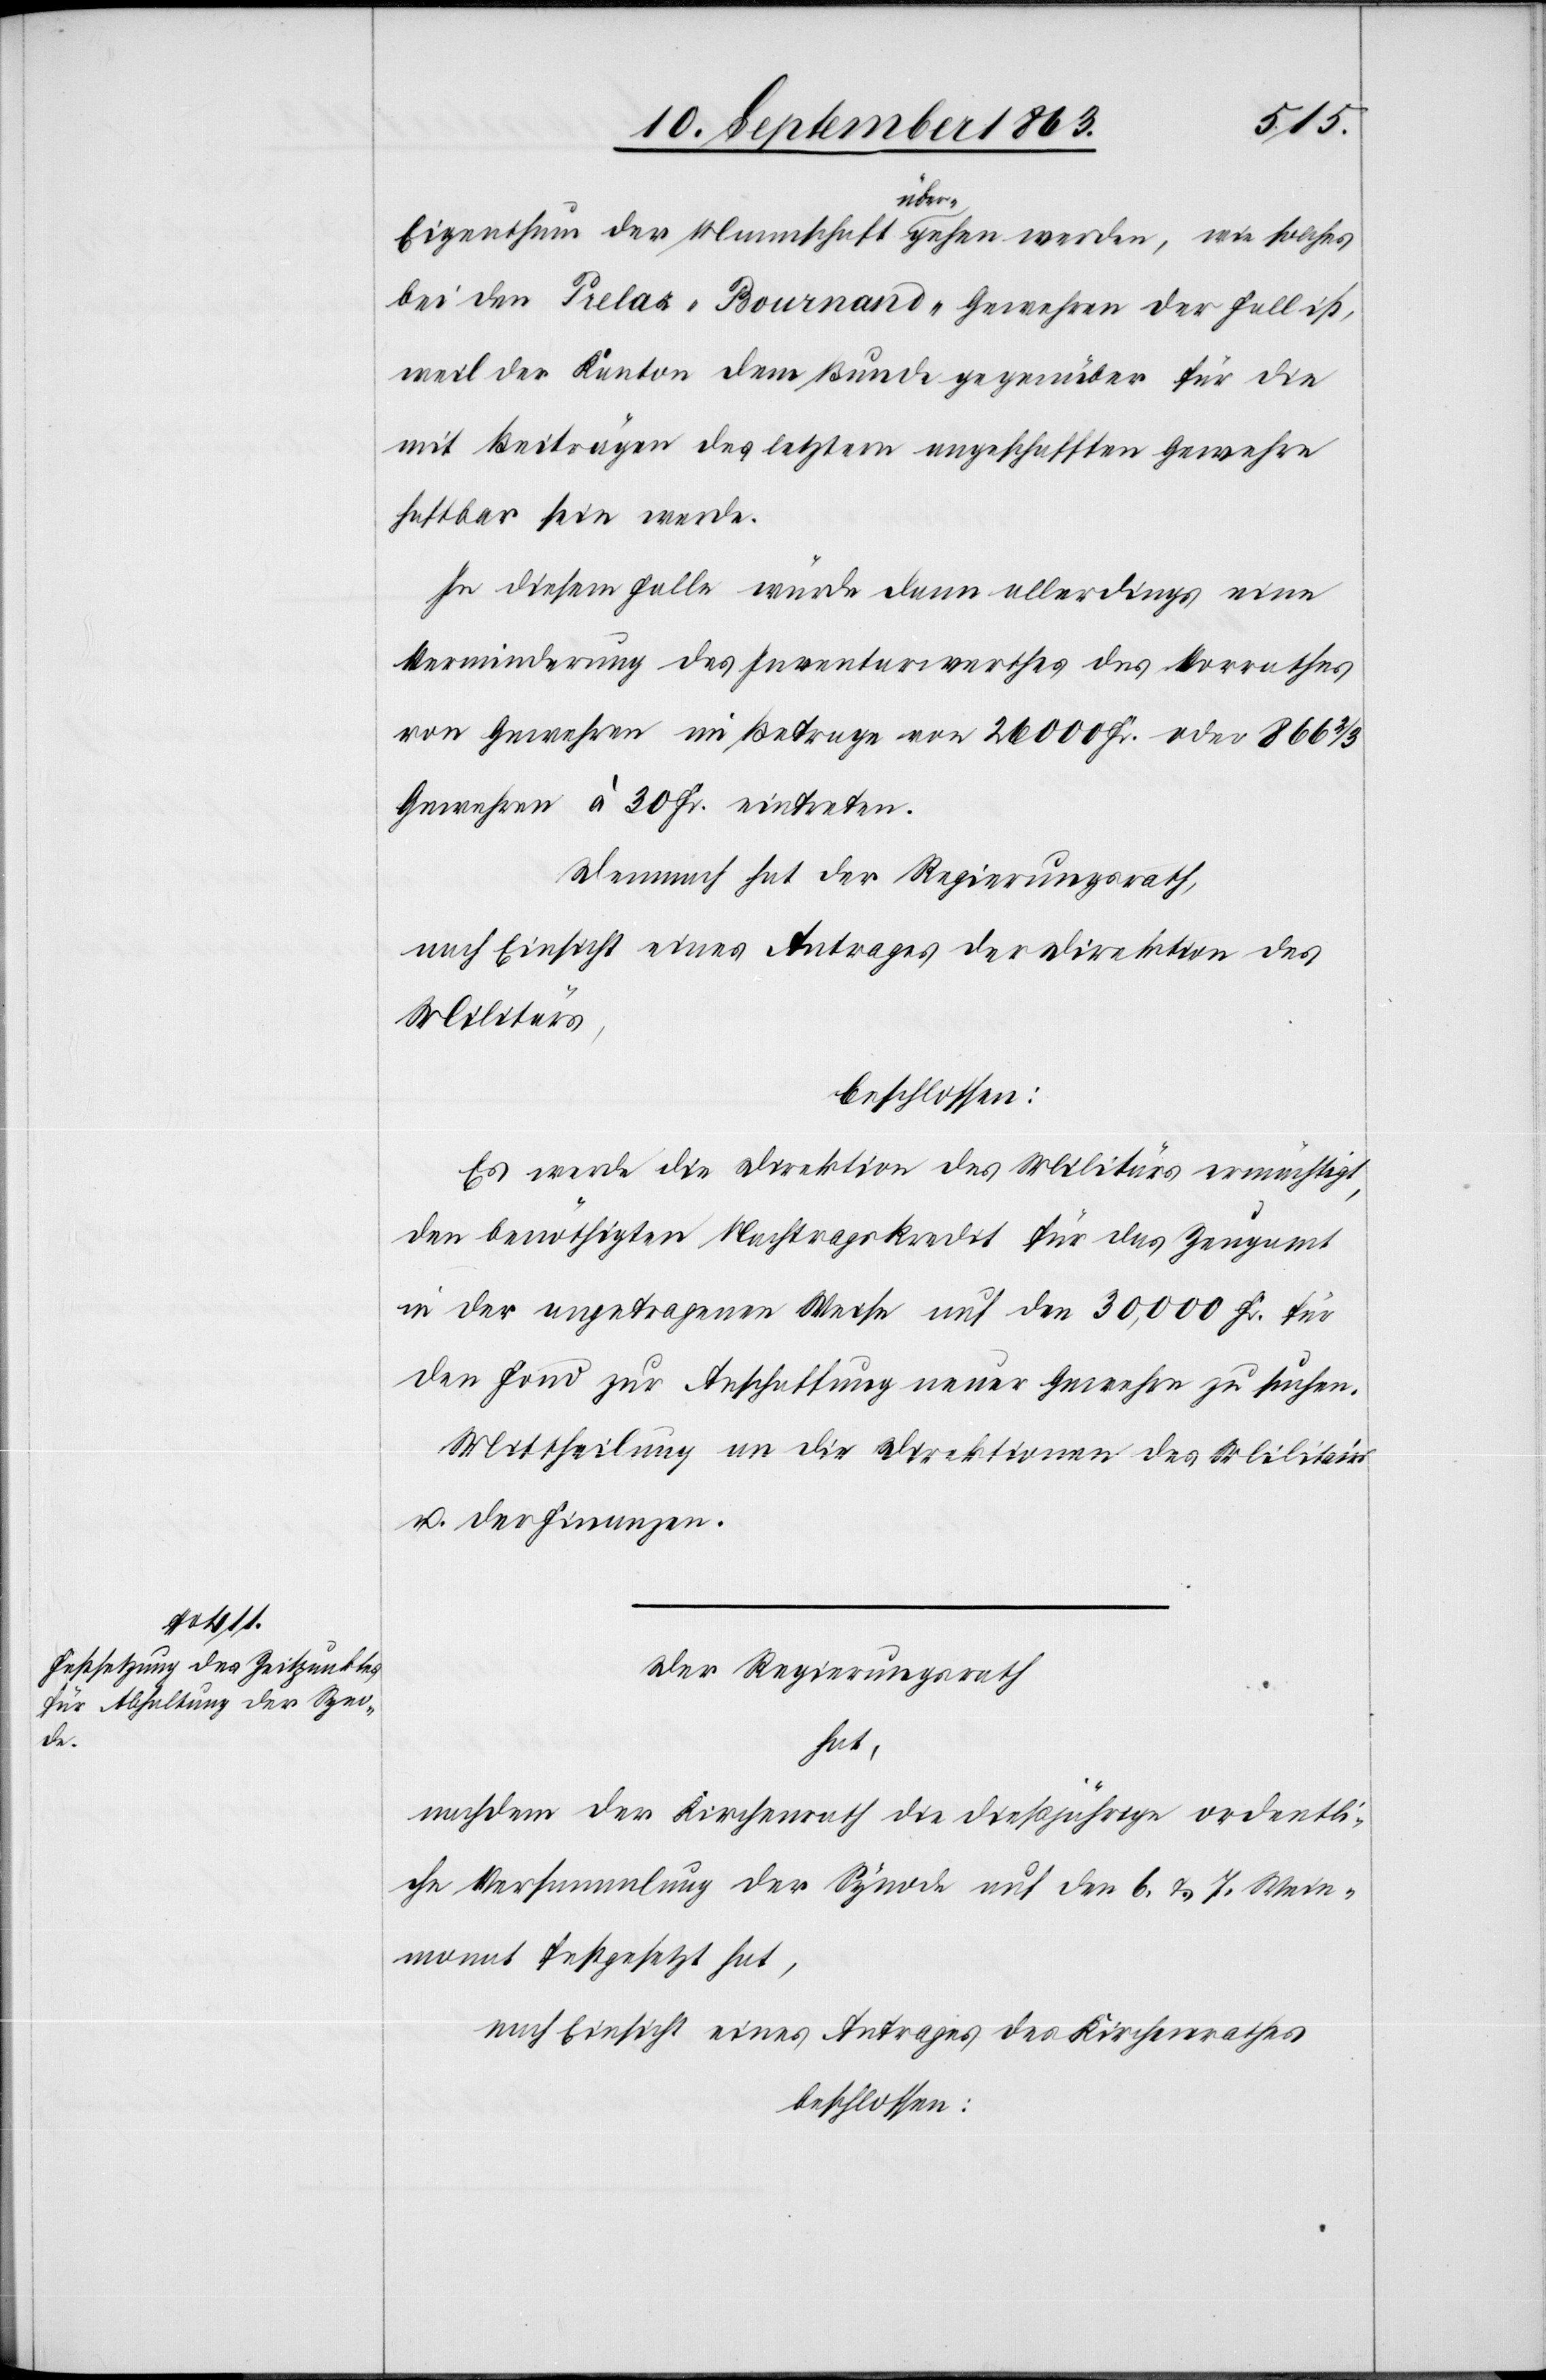
Eigenthum der Mannschaft übergehen werden, wie solches
bei den Prelaz-Bournand-Gewehren der Fall ist,
weil der Kanton dem Bunde gegenüber für die
mit Beiträgen des letztern angeschafften Gewehre
haftbar sein werde.
In diesem Falle würde dann allerdings eine
Verminderung des Inventarwerthes des Vorrathes
von Gewehren im Betrage von 26 000 Fr. oder 866 2/3
Gewehren à 30 Fr. eintreten.
Demnach hat der Regierungsrath,
nach Einsicht eines Antrages der Direktion des
Militärs,
beschlossen:
Es werde die Direktion des Militärs ermächtigt,
den benöthigten Nachtragskredit für das Zeugamt
in der angetragenen Weise auf den 30,000 Fr. für
den Fond zur Anschaffung neuer Gewehre zu suchen.
Mittheilung an die Direktionen des Militärs
u. der Finanzen.
Der Regierungsrath
hat,
nachdem der Kirchenrath die dießjährige ordentli¬
che Versammlung der Synode auf den 6. & 7. Wein¬
monat festgesetzt hat,
nach Einsicht eines Antrages des Kirchenrathes
beschlossen: